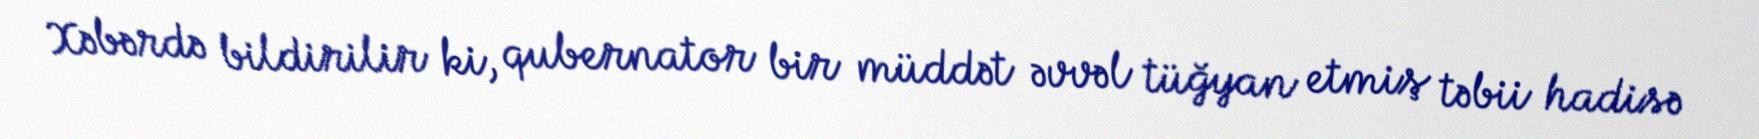
Xəbərdə bildirilir ki, qubernator bir müddət əvvəl tüğyan etmiş təbii hadisə